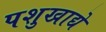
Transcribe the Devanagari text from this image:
पशुखाद्ये